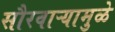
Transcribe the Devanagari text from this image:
सौरवाऱ्यामुळे